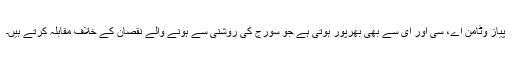
پیاز وٹامن اے، سی اور ای سے بھی بھرپور ہوتی ہے جو سورج کی روشنی سے ہونے والے نقصان کے خلاف مقابلہ کرتے ہیں۔